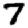
Digit: 7